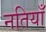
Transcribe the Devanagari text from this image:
नतियाँ